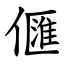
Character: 㒑